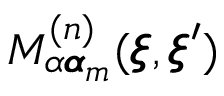
M _ { \alpha { \pmb \alpha } _ { m } } ^ { ( n ) } ( { \pmb \xi } , { \pmb \xi } ^ { \prime } )